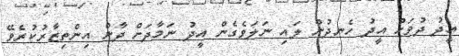
އީދު ދުވަހު އީދު ހެނދުން ލައި ނަލަވެގެން އީދު ނަމާދަށް ދާން އިންތިޒާރުކުރެވޭ